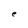
Character: e